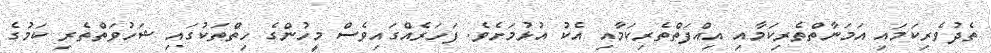
ތެދުވެރިކަމައި އަމަނާތްތެރިކަމާއި އިއްފަތްތެރިކަމާއި އެކު އުޅުމަށެވެ. ފަހަރެއްގައިވެސް މީހުންގެ ހިތްތަކުގައި ޝަހުވަތްތެރި ކަމުގެ